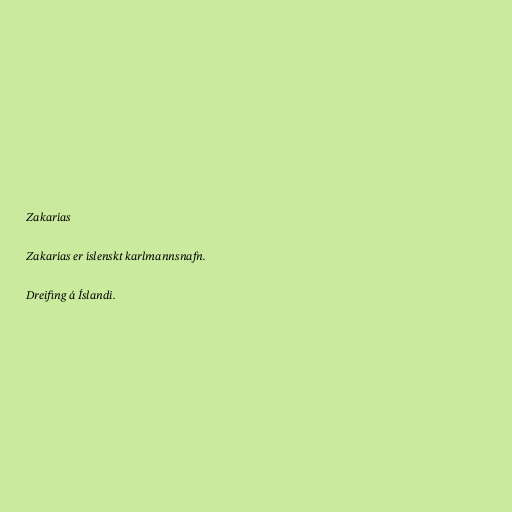
Zakarías

Zakarías er íslenskt karlmannsnafn.

Dreifing á Íslandi.